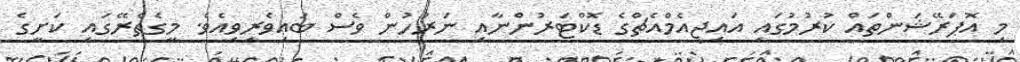
މި އޮޕަރޭޝަންތައް ކުރުމުގައި އައިޖީއެމްއެޗްގެ ޑޮކްޓަރުންނާއި ނަރުހުން ވެސް ބައިވެރިވިއެވެ. މީގެތެރޭގައި ކަށީގެ